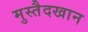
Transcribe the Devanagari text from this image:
मुस्तैदखान